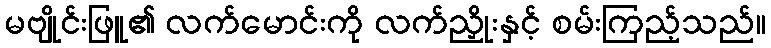
မဗျိုင်းဖြူ၏ လက်မောင်းကို လက်ညှိုးနှင့် စမ်းကြည့်သည်။